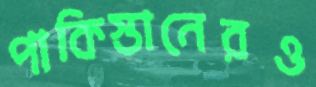
পাকিস্তানেরও